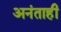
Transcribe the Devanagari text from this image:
अनंताही